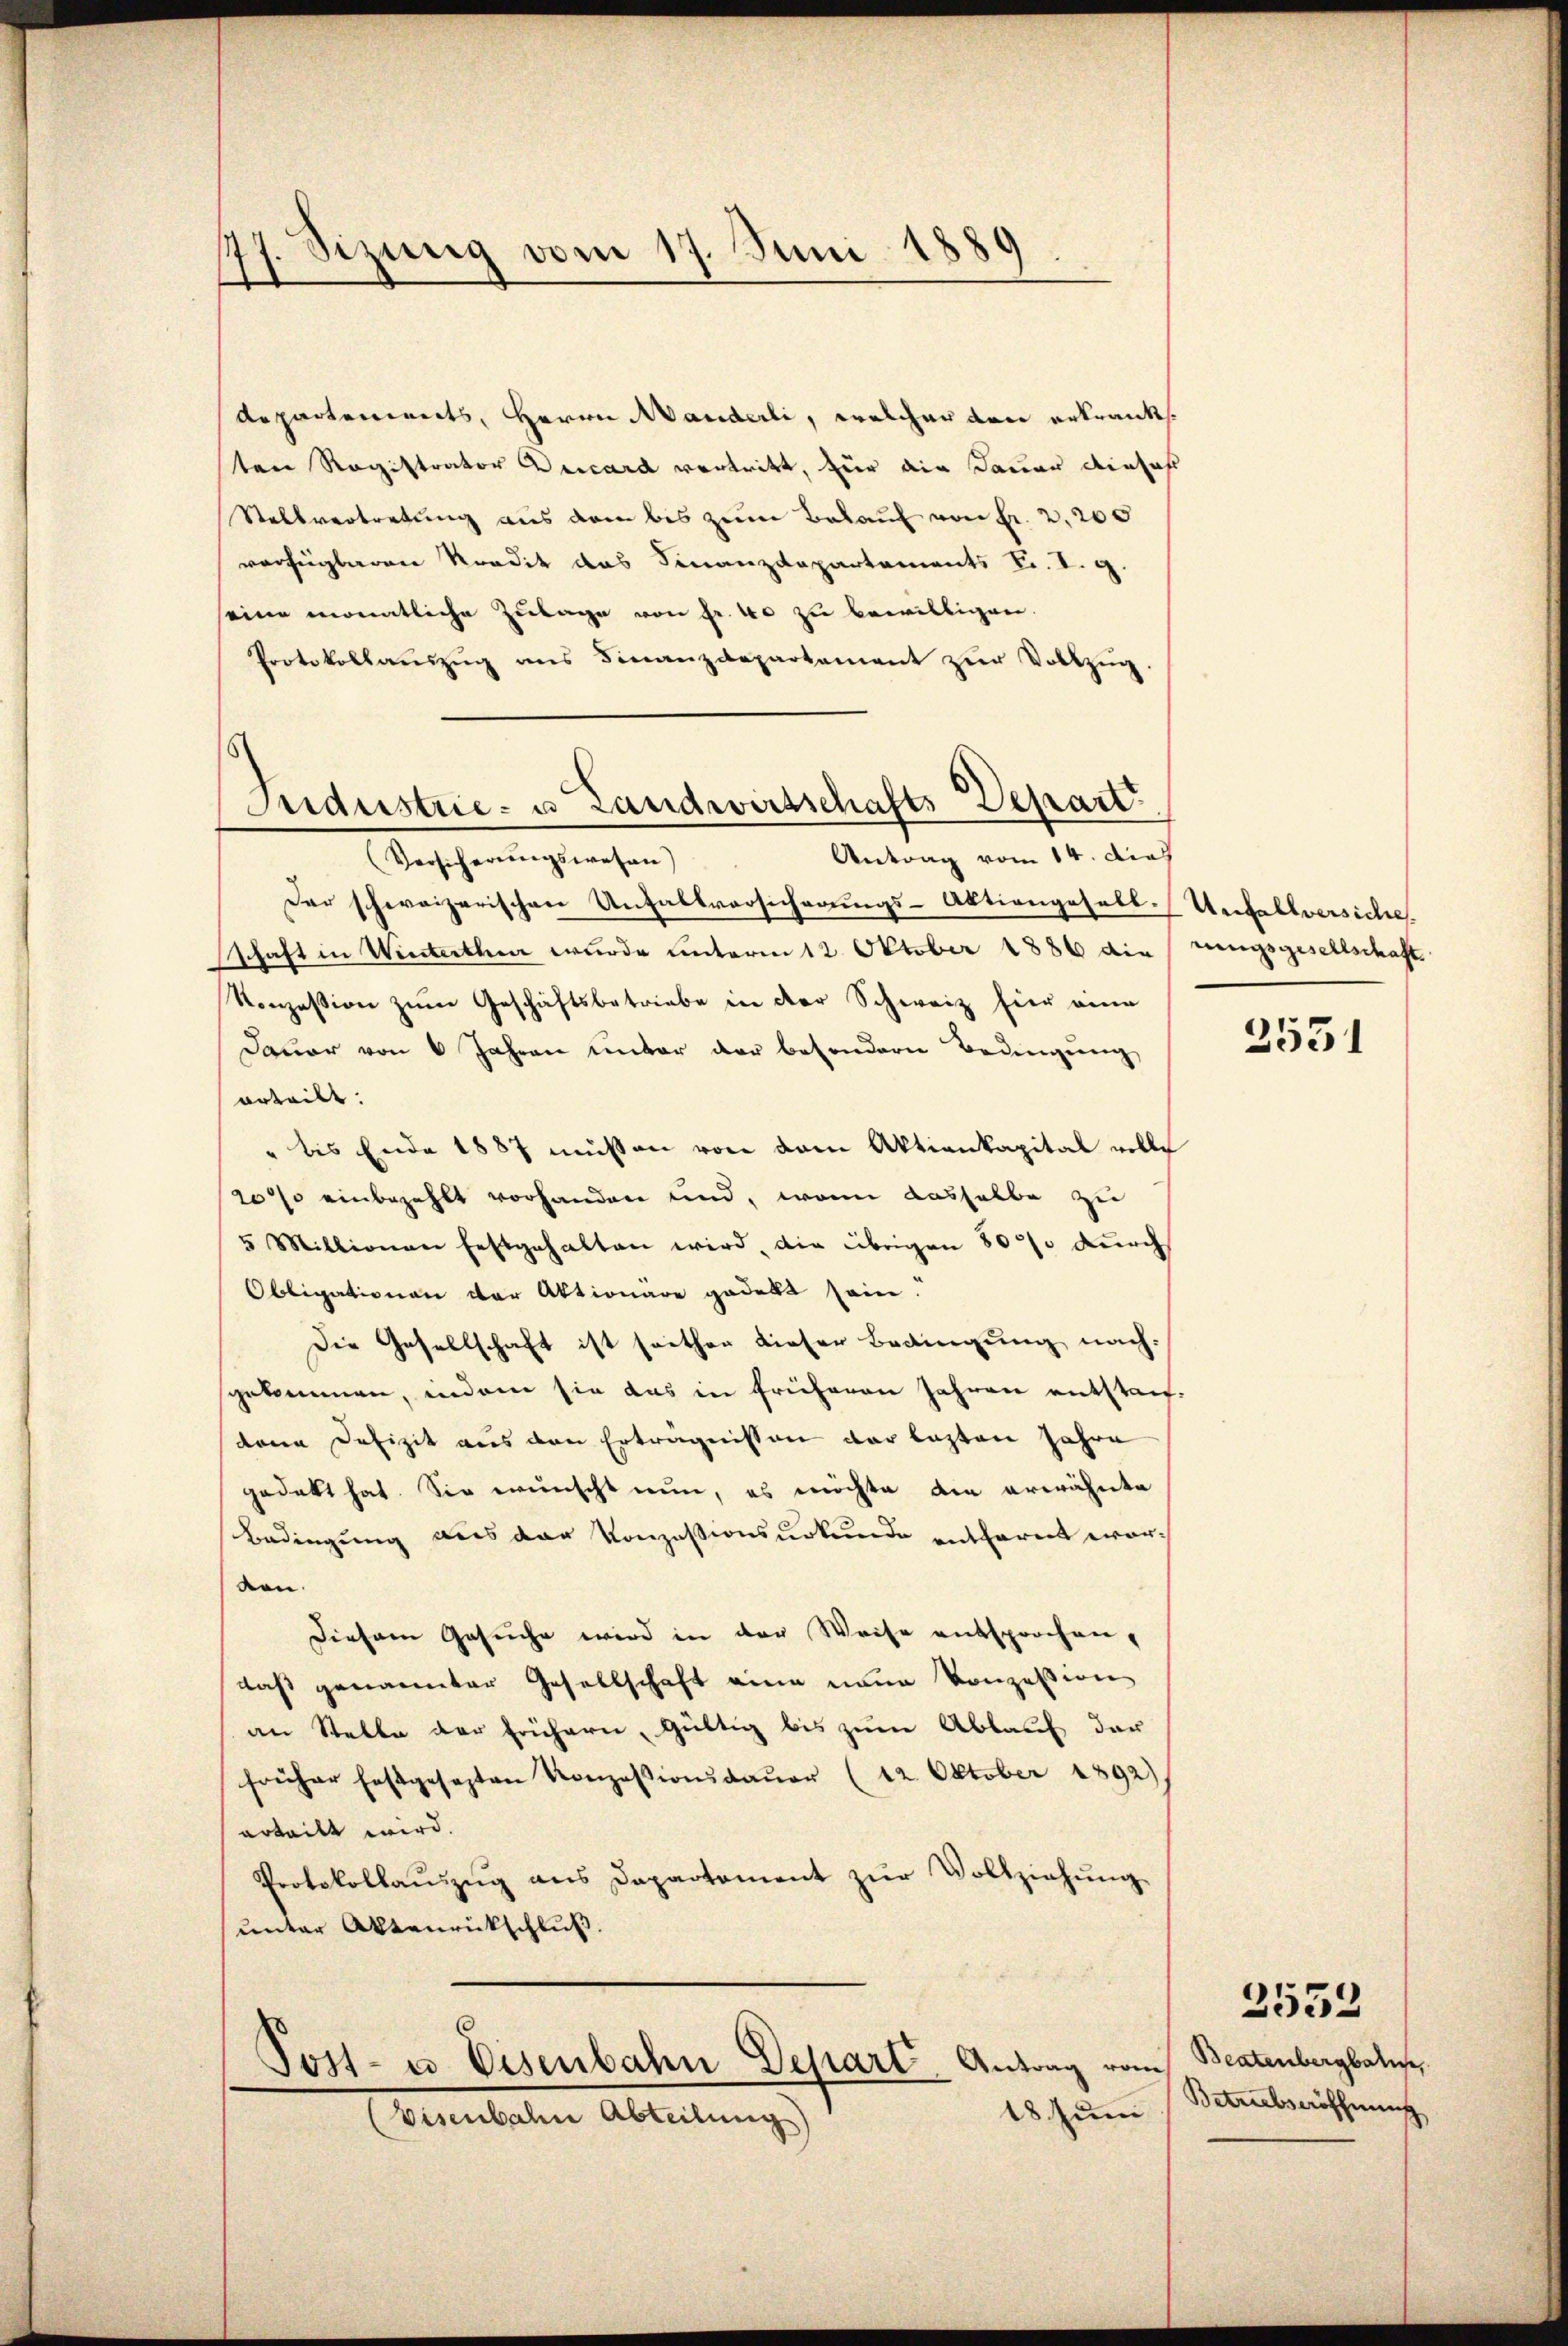
77. Sizung vom 17. Juni 1889
e

departements, Herrn Manderli, welcher den erkrank.
ten Registrator Decard vortritt, für die Dauer einfahr
Stellvertretung aus dem bis zum Belauf von Fr. 2,200
verfügbaren Kredit das Finanzdepartements Sr. I. g.
seine monatliche Zulage von Fr. 40 zu bewilligen.
Protokollaŭszŭg ans Finanzdepartament zŭr Vollzŭg.
Antrag vom 14. dies
(Versicherungswesen)
Der schweizerischen Unfallversicherungs-Aktiengesell-Unfallversiche
schaft in Winterthur wurde unterm 12. Oktober 1886 dierungsgesellschaft
Konzession zum Geschäftsbetriebe in der Schweiz hier eine
Dauer von 6 Jahren unter der besondern Bedingung
urteilt.
" bis Ende 1887 müssen von dem Aktienkapital volle
20 % einbezahlt vorhanden und, wenn dasselbe zu
5 Millionen festgehalten wird, die übrigen 800 durch
Obligationen der Aktionäre gedekt sein.
Die Gesellschaft ist seither dieser Bedingung nachgekommen, indem sie das in früheren Jahren entstandenn Defizit aus den Erträgnissen der lezten Jahre
gedekt hat. Sie wünscht nun, es möchte den erwähnte
Bedingung aus der Konzessionsurkunde entfernt worden.
Diesem Gesuche wird in der Weise entsprochen,
das genannter Gesellschaft eine neue Konzession
an Stelle der frühern, Gültig bis zum Ablauf der
früher festgesezten Konzessionsdaŭer (12. Oktober 1892)
erteilt wird.
Protokollaŭszŭg ans Departement zŭr Vollziehŭng
unter Aktenrückschluß.

Industrie- u Landwirtschafts-Depart

Post- u. Eisenbahn Depart. Antrag vom
18 Juni
Visenbahn Abteilung)

3531

Beatenbergbalis,
Betriebseröffnung

3532